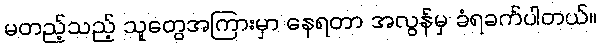
မတည့်သည့် သူတွေအကြားမှာ နေရတာ အလွန်မှ ခံရခက်ပါတယ်။